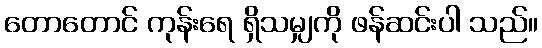
တောတောင် ကုန်းရေ ရှိသမျှကို ဖန်ဆင်းပါ သည်။